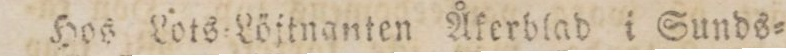
Hos Lots=Löftnanten Åkerblad i Sunds=